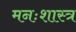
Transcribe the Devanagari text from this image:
मनःशास्त्र